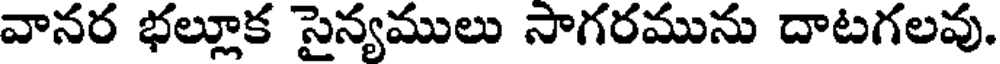
వానర భల్లూక సైన్యములు సాగరమును దాటగలవు.